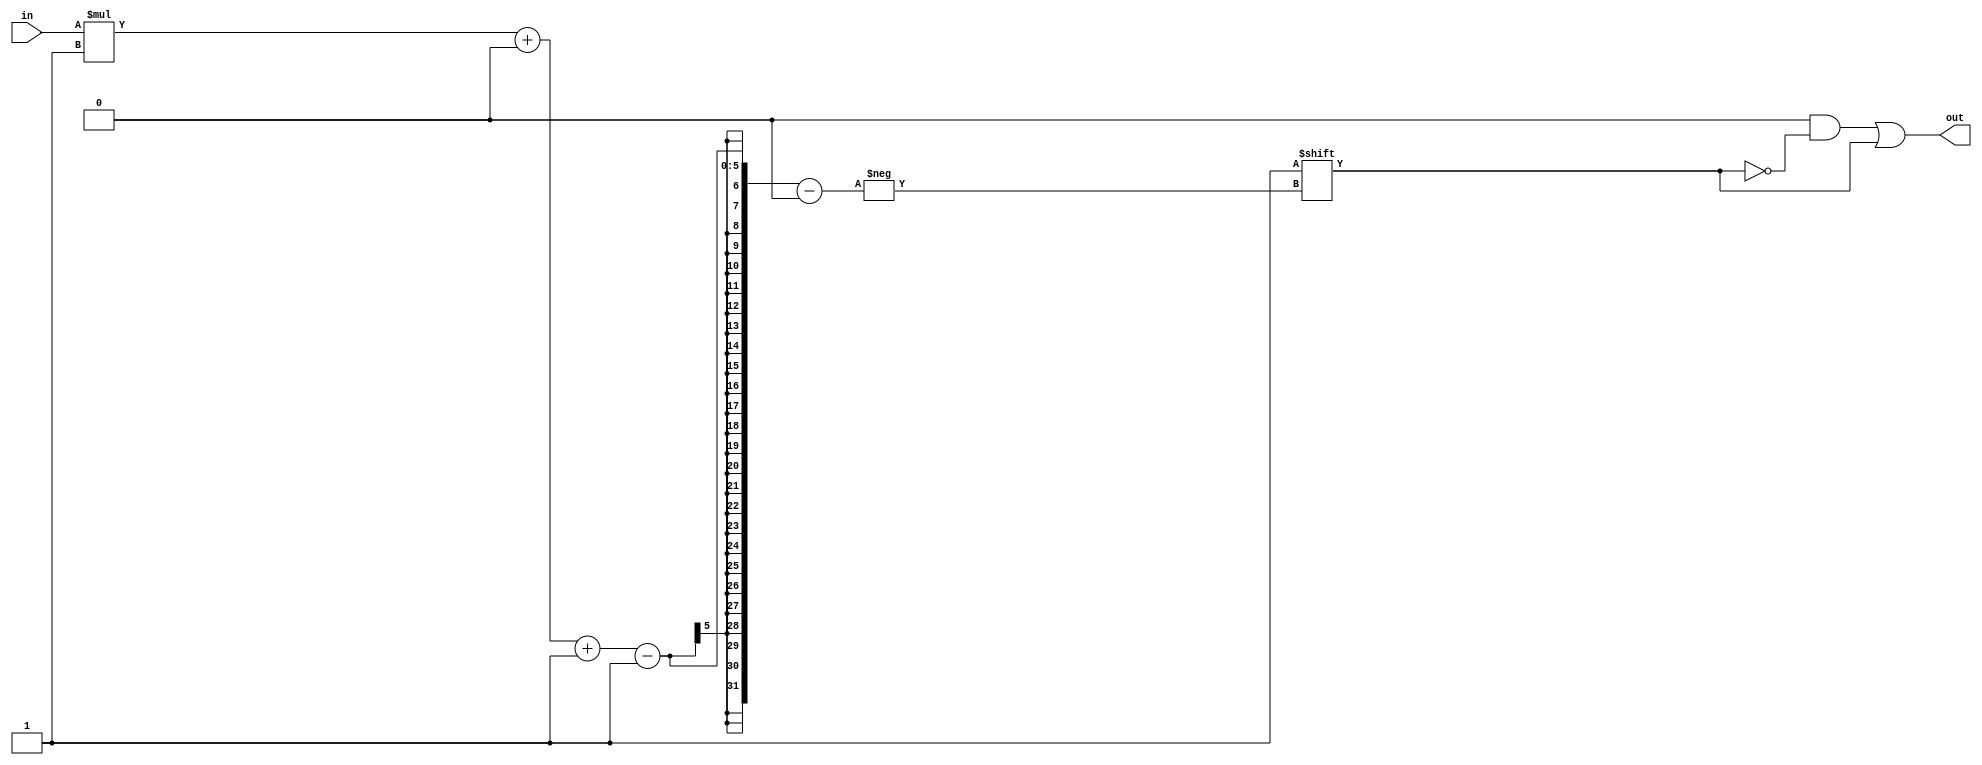
/*
   This file was generated automatically by Alchitry Labs version 1.2.1.
   Do not edit this file directly. Instead edit the original Lucid source.
   This is a temporary file and any changes made to it will be destroyed.
*/

/*
   Parameters:
     WIDTH = DIGIT_BITS
*/
module decoder_11 (
    input [1:0] in,
    output reg [3:0] out
  );
  
  localparam WIDTH = 2'h2;
  
  
  always @* begin
    out = 1'h0;
    out[(in)*1+0-:1] = 1'h1;
  end
endmodule